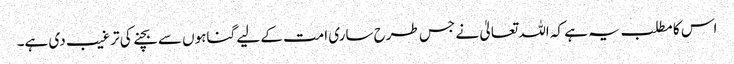
اس کا مطلب یہ ہے کہ اللہ تعالیٰ نے جس طرح ساری امت کے لیے گناہوں سے بچنے کی ترغیب دی ہے۔